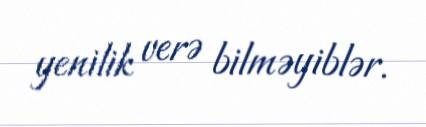
yenilik verə bilməyiblər.